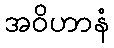
အဝိဟာနံ